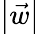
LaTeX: \left|\vec{w}\right|